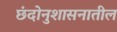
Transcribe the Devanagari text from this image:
छंदोनुशासनातील